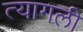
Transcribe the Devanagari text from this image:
त्यागली